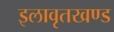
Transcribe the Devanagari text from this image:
इलावृतखण्ड